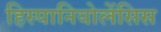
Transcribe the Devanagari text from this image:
हिस्पानियोलेंसिस